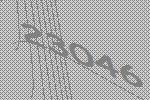
23046